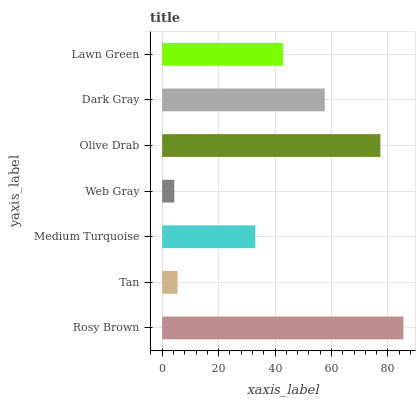
| yaxis_label | bars |
 | --- | --- |
 | Rosy Brown | 85.5 |
 | Tan | 5.48 |
 | Medium Turquoise | 33 |
 | Web Gray | 4.31 |
 | Olive Drab | 77.3 |
 | Dark Gray | 57.6 |
 | Lawn Green | 42.8 |